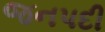
જનપદી